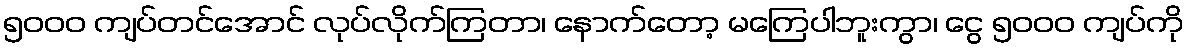
၅၀၀၀ ကျပ်တင်အောင် လုပ်လိုက်ကြတာ၊ နောက်တော့ မကြေပါဘူးကွာ၊ ငွေ ၅၀၀၀ ကျပ်ကို